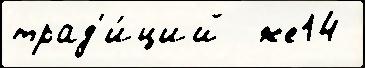
трад'и́ций  же14